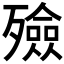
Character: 殮